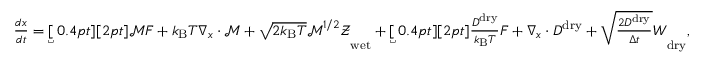
\begin{array} { r } { \frac { d \boldsymbol { x } } { d t } = \underbracket [ 0 . 4 p t ] [ 2 p t ] { \boldsymbol { \mathcal { M } } \boldsymbol { F } + k _ { \mathrm { B } } T \boldsymbol { \nabla } _ { x } \cdot \boldsymbol { \mathcal { M } } + \sqrt { 2 k _ { \mathrm { B } } T } \boldsymbol { \mathcal { M } } ^ { 1 / 2 } \mathcal { Z } \vphantom { \frac { D ^ { \mathrm { d r y } } } { k _ { \mathrm { B } } T } \boldsymbol { F } } } _ { \mathrm { w e t } } + \underbracket [ 0 . 4 p t ] [ 2 p t ] { \frac { D ^ { \mathrm { d r y } } } { k _ { \mathrm { B } } T } \boldsymbol { F } + \nabla _ { x } \cdot D ^ { \mathrm { d r y } } + \sqrt { \frac { 2 D ^ { \mathrm { d r y } } } { \Delta t } } \boldsymbol { W } } _ { \mathrm { d r y } } , } \end{array}